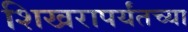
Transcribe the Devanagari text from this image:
शिखरापर्यंतच्या